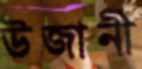
উজানী